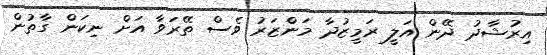
އިރުޝާދު ދޭން އަލީ ރަމީޒުދާ މަންޒަރު ވެސް ތޭރަވާ އަށް ނިކަން ގާތުން